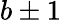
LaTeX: b\pm 1